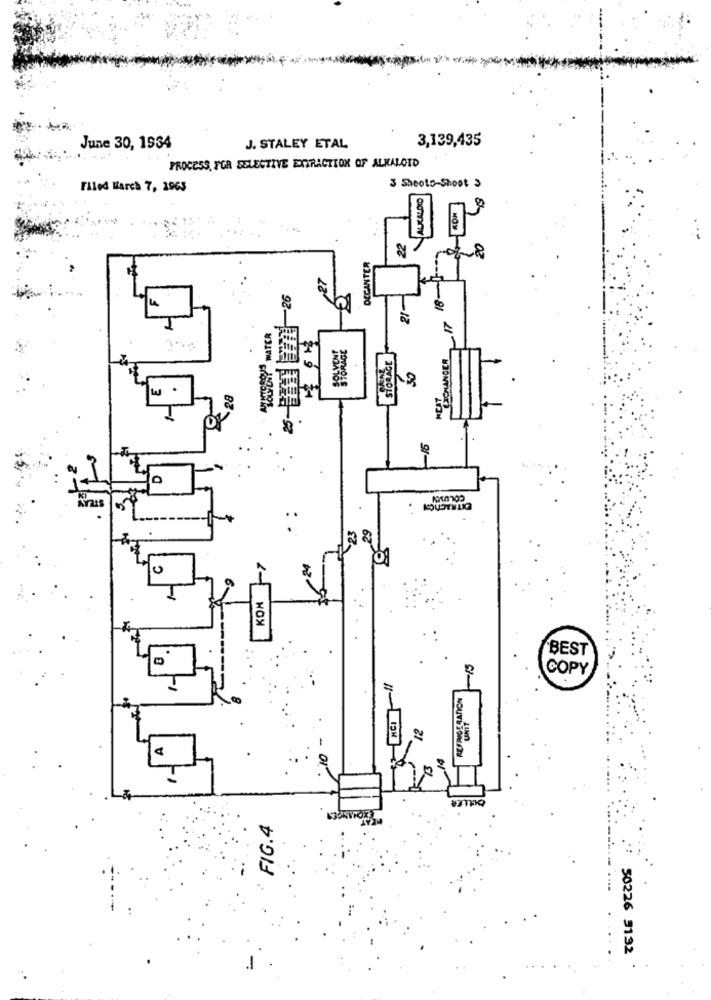
3,139,435
June 30, 1934
J. STALEY ETAL
PROCESS, FOR SELECTIVE EXTRACTION OF ALKALOID
3 Shooto-Shoot 3
Filed March 7, 1963
ALKALDID
22
DECANTER
26
18
25-rmn
21
WATER
STORAGE
BEICHANGER
0
0
KON
BEST
15
COPY
REFRIGERATION
UNIT
10
FIG.4
TELE 92205